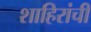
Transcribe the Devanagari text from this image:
शाहिरांची